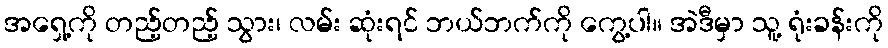
အရှေ့ကို တည့်တည့် သွား၊ လမ်း ဆုံးရင် ဘယ်ဘက်ကို ကွေ့ပါ။ အဲဒီမှာ သူ့ ရုံးခန်းကို